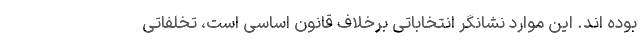
بوده اند. این موارد نشانگر انتخاباتی برخلاف قانون اساسی است، تخلفاتی